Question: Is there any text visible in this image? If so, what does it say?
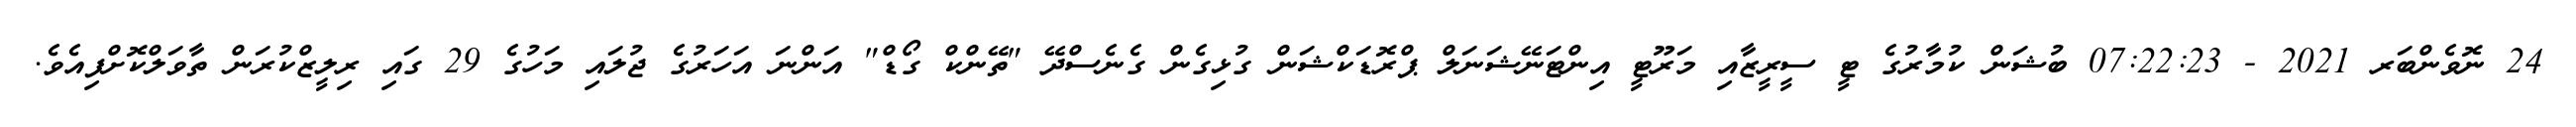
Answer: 24 ނޮވެންބަރ 2021 - 07:22:23 ބުޝަން ކުމާރުގެ ޓީ ސީރީޒާއި މަރޫޓީ އިންޓަނޭޝަނަލް ޕްރޮޑަކްޝަން ގުޅިގެން ގެނެސްދޭ "ތޭންކް ގޯޑް" އަންނަ އަހަރުގެ ޖުލައި މަހުގެ 29 ގައި ރިލީޒްކުރަން ތާވަލްކޮށްފިއެވެ.